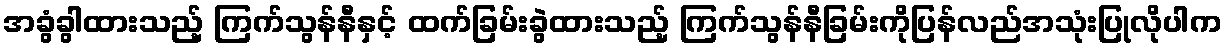
အခွံခွါထားသည့် ကြက်သွန်နီနှင့် ထက်ခြမ်းခွဲထားသည့် ကြက်သွန်နီခြမ်းကိုပြန်လည်အသုံးပြုလိုပါက